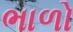
ભાળો